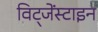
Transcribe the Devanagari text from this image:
विट्जेंस्टाइन